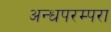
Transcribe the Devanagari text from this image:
अन्धपरम्परा